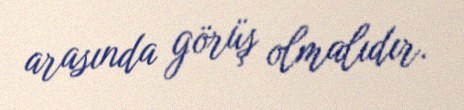
arasında görüş olmalıdır.